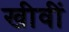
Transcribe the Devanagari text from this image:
खीवीं